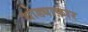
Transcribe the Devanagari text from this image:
थोड्याफ़ार